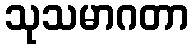
သုသမာဂတာ